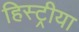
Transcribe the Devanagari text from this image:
हिस्ट्रीया